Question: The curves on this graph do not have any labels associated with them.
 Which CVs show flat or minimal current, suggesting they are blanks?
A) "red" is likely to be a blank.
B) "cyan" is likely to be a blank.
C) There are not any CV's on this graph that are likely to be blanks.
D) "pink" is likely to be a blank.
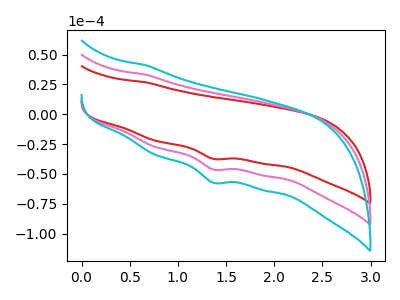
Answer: <think>The red curve "red" has a cathodic peak at: (1.35V, -37.35uA). The pink curve "pink" has a cathodic peak at: (1.35V, -46.25uA). The cyan curve "cyan" has a cathodic peak at: (1.35V, -92.55uA).</think>
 <answer>C) There are not any CV's on this graph that are likely to be blanks.</answer>
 <eval>C</eval>